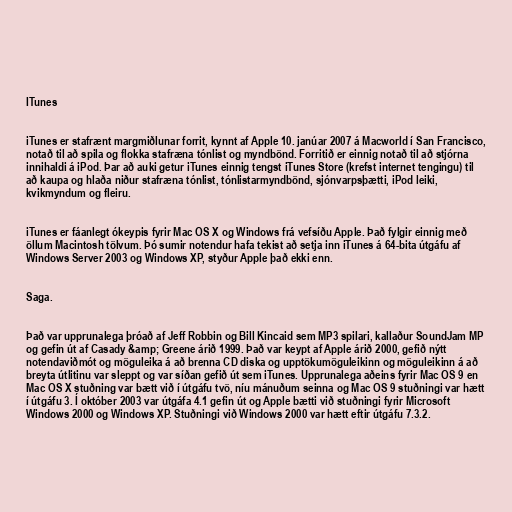
ITunes

iTunes er stafrænt margmiðlunar forrit, kynnt af Apple 10. janúar 2007 á Macworld í San Francisco,
notað til að spila og flokka stafræna tónlist og myndbönd. Forritið er einnig notað til að stjórna
innihaldi á iPod. Þar að auki getur iTunes einnig tengst iTunes Store (krefst internet tengingu) til
að kaupa og hlaða niður stafræna tónlist, tónlistarmyndbönd, sjónvarpsþætti, iPod leiki,
kvikmyndum og fleiru.

iTunes er fáanlegt ókeypis fyrir Mac OS X og Windows frá vefsíðu Apple. Það fylgir einnig með
öllum Macintosh tölvum. Þó sumir notendur hafa tekist að setja inn iTunes á 64-bita útgáfu af
Windows Server 2003 og Windows XP, styður Apple það ekki enn.

Saga.

Það var upprunalega þróað af Jeff Robbin og Bill Kincaid sem MP3 spilari, kallaður SoundJam MP
og gefin út af Casady &amp; Greene árið 1999. Það var keypt af Apple árið 2000, gefið nýtt
notendaviðmót og möguleika á að brenna CD diska og upptökumöguleikinn og möguleikinn á að
breyta útlitinu var sleppt og var síðan gefið út sem iTunes. Upprunalega aðeins fyrir Mac OS 9 en
Mac OS X stuðning var bætt við í útgáfu tvö, níu mánuðum seinna og Mac OS 9 stuðningi var hætt
í útgáfu 3. Í október 2003 var útgáfa 4.1 gefin út og Apple bætti við stuðningi fyrir Microsoft
Windows 2000 og Windows XP. Stuðningi við Windows 2000 var hætt eftir útgáfu 7.3.2.